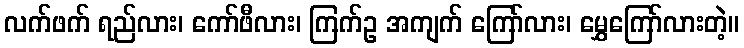
လက်ဖက် ရည်လား၊ ကော်ဖီလား၊ ကြက်ဥ အကျက် ကြော်လား၊ မွှေကြော်လားတဲ့။